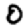
Digit: 0